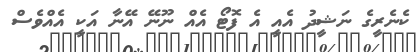
ކެނެރީގެ ނަޝީދު އެއީ އެ ފޮޓޯ އެއް ނޫނޭ އޭނާ އަކީ އެއްވެސް